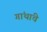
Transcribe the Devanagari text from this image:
गांथांचे